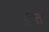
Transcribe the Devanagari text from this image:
घुटता